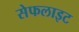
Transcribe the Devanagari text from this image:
सेफलाइट